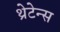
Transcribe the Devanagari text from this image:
थ्रेटेन्स